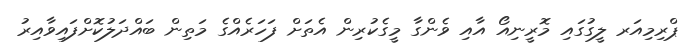
ޕްރިމިއަރ ލީގުގައި މޮރީނިއޯ އާއި ވެންގާ މީގެކުރިން އެތަށް ފަހަރެއްގެ މަތިން ބައްދަލުކޮށްފައިވާއިރު